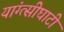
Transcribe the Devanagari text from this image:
यांग्त्सीघाटी